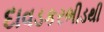
દાવડકરભીડથી